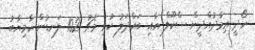
ހޯދީ ޢިމާދުއްދީން ސްކޫލް އާއި ބައްދަލު ކުރި މެޗު 102 ލަނޑުން ކާމިޔާބު